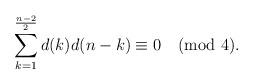
LaTeX: \begin{align*} \sum_{k=1}^{\frac{n-2}{2}} d(k) d(n-k) \equiv 0 \pmod{4}.\end{align*}